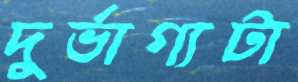
দুর্ভাগ্যটা